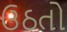
ઉઠતો